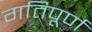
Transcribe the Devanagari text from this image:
गतिपूर्ण